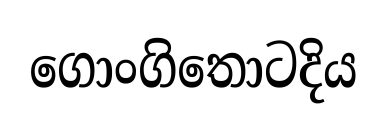
ගොංගිතොටදිය